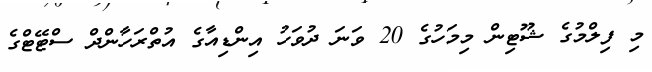
މި ފިލްމުގެ ޝޫޓިން މިމަހުގެ 20 ވަނަ ދުވަހު އިންޑިއާގެ އުތްރަހާންދް ސްޓޭޓްގެ